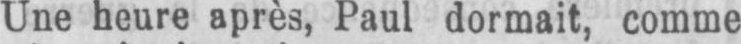
Une heure après, Paul dormait, comme